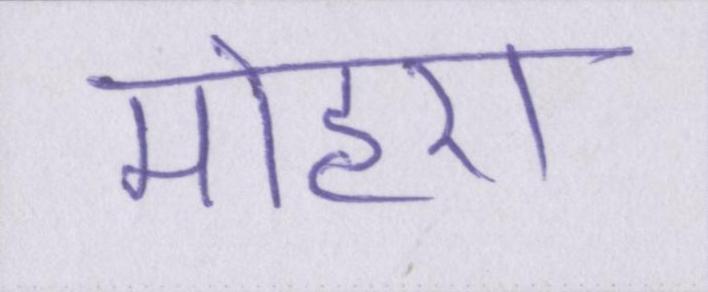
मोहरा